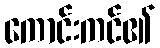
ကောင်းကင်၏